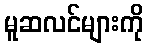
မူဆလင်များကို